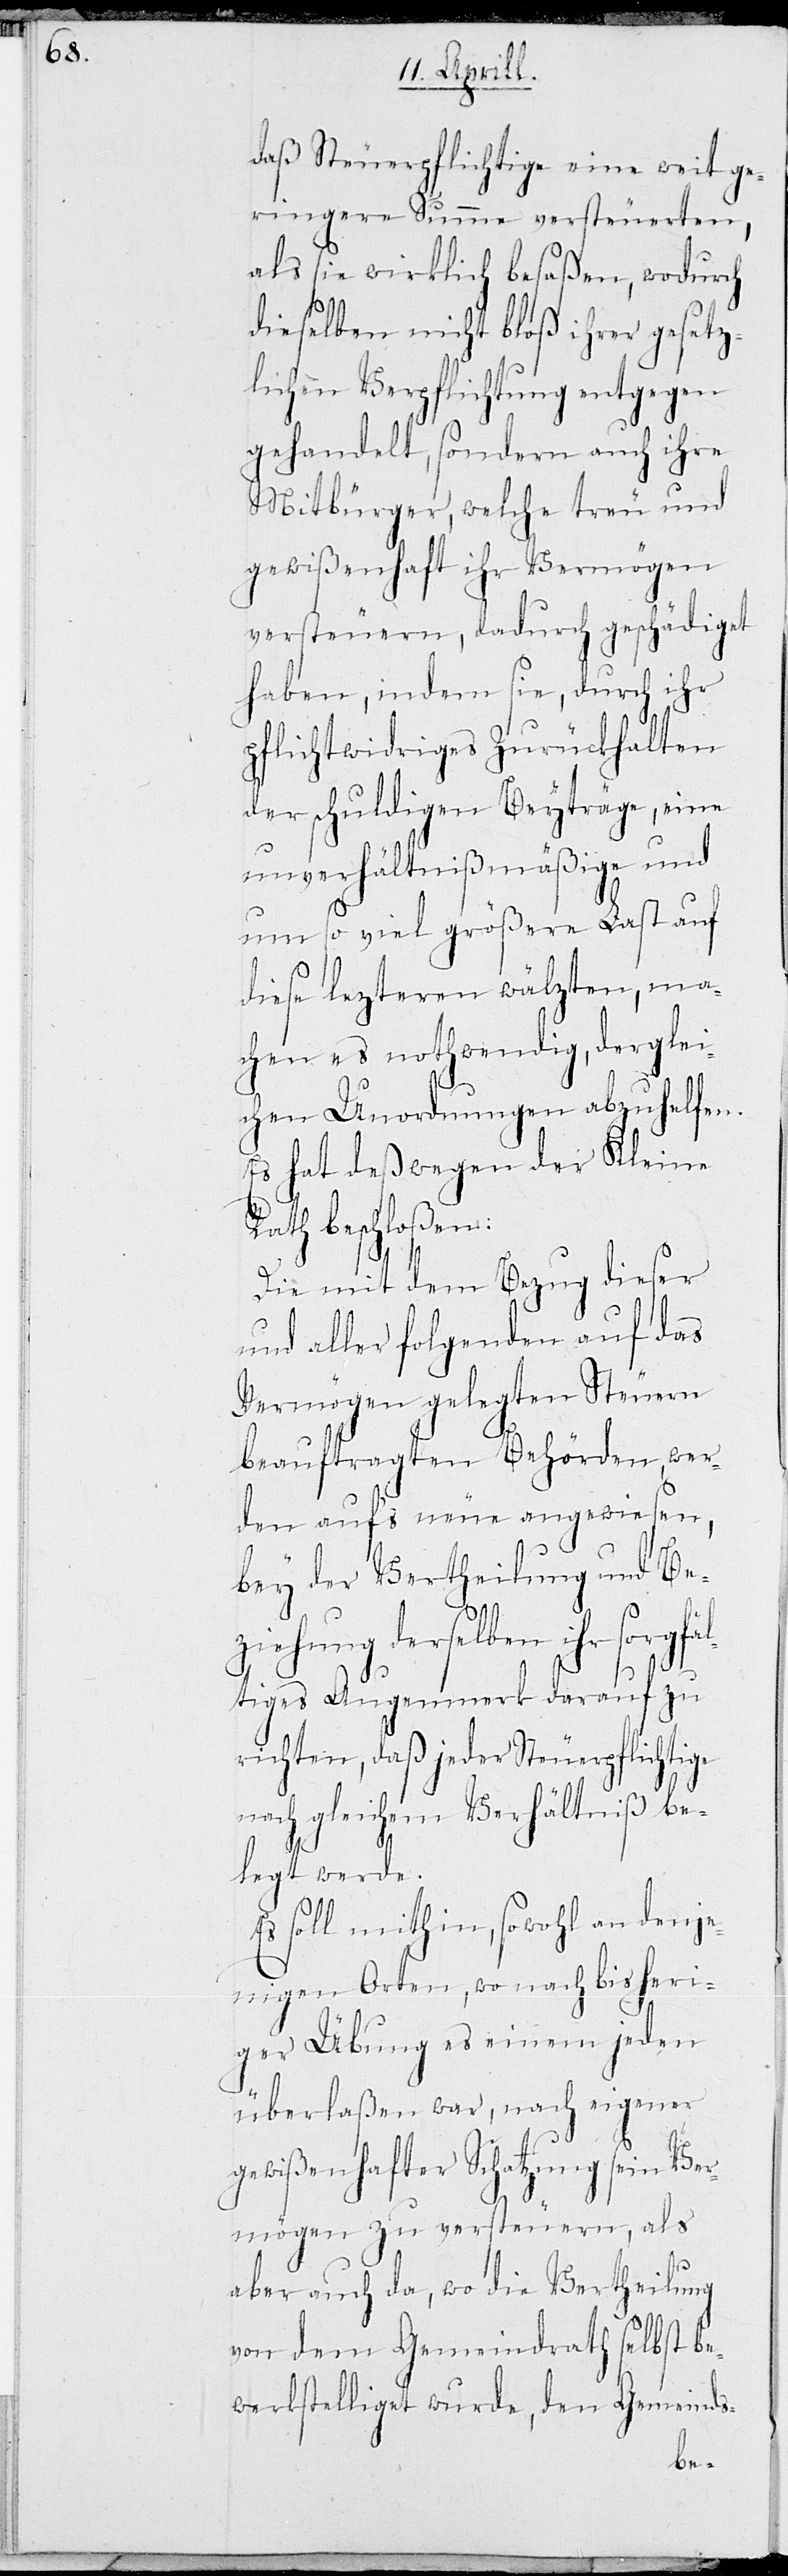
daß Steuerpflichtige eine weit ge¬
ringere Summe versteuerten,
als sie wirklich besaßen, wodurch
dieselben nicht bloß ihrer gesetz¬
lichen Verpflichtung entgegen
gehandelt, sondern auch ihre
Mitbürger, welche treu und
gewißenhaft ihr Vermögen
versteuern, dadurch geschädiget
haben, indem sie, durch ihr
pflichtwidriges Zurückhalten
der schuldigen Beyträge, eine
unverhältnißmäßige und
um so viel größere Last auf
diese lezteren wälzten, ma¬
chen es nothwendig, derglei¬
chen Unordnungen abzuhelfen.
Es hat deßwegen der Kleine
Rath beschloßen:
Die mit dem Bezug dieser
und aller folgenden auf das
Vermögen gelegten Steuern
beauftragten Behörden, wer¬
den aufs neue angewiesen,
bey der Vertheilung und Be¬
ziehung derselben ihr sorgfä¬
ltiges Augenmerk darauf zu
richten, daß jeder Steuerpflichtige
nach gleichem Verhältniß be¬
legt werde.
Es soll mithin, sowohl an denje¬
nigen Orten, wo nach bisheri¬
ger Übung einem jeden
überlaßen war, nach eigener
gewißenhafter Schatzung sein Ver¬
mögen zu versteuern, als
aber auch da, wo die Vertheilung
von dem Gemeindrath selbst be¬
werkstelliget wurde, den Gemeinds-